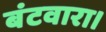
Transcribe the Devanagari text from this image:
बंटवारा।